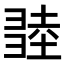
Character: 𢑫